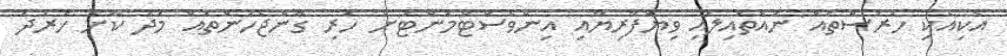
އެކިއެކި ހުރަސްތައް ނައްތައިލައި ވިޔަފާރިޔާއި އިންވެސްޓްމަންޓަށް ހުރި ގޮންޖެހުންތައް މަދު ކޮށް ޚަރަދު